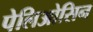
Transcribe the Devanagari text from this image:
पेलिओसिन